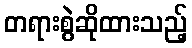
တရားစွဲဆိုထားသည့်